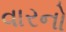
વારનો